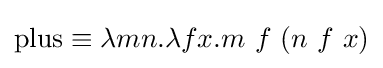
\operatorname {plus} \equiv \lambda mn.\lambda fx.m\ f\ (n\ f\ x)